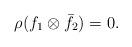
LaTeX: \begin{align*} \rho(f_1\otimes \bar{f}_2)=0. \end{align*}